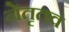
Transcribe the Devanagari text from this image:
नेतृतव